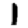
Digit: 1